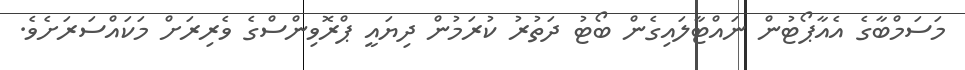
މަސަމްބާގެ އެއާޕޯޓުން ނައްޓާލަައިގެން ބޯޓު ދަތުރު ކުރަމުން ދިޔައީ ޕްރޮވިންސްގެ ވެރިރަށް މަކައްސަރަށެވެ.